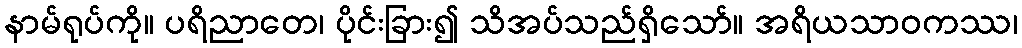
နာမ်ရုပ်ကို။ ပရိညာတေ၊ ပိုင်းခြား၍ သိအပ်သည်ရှိသော်။ အရိယသာဝကဿ၊